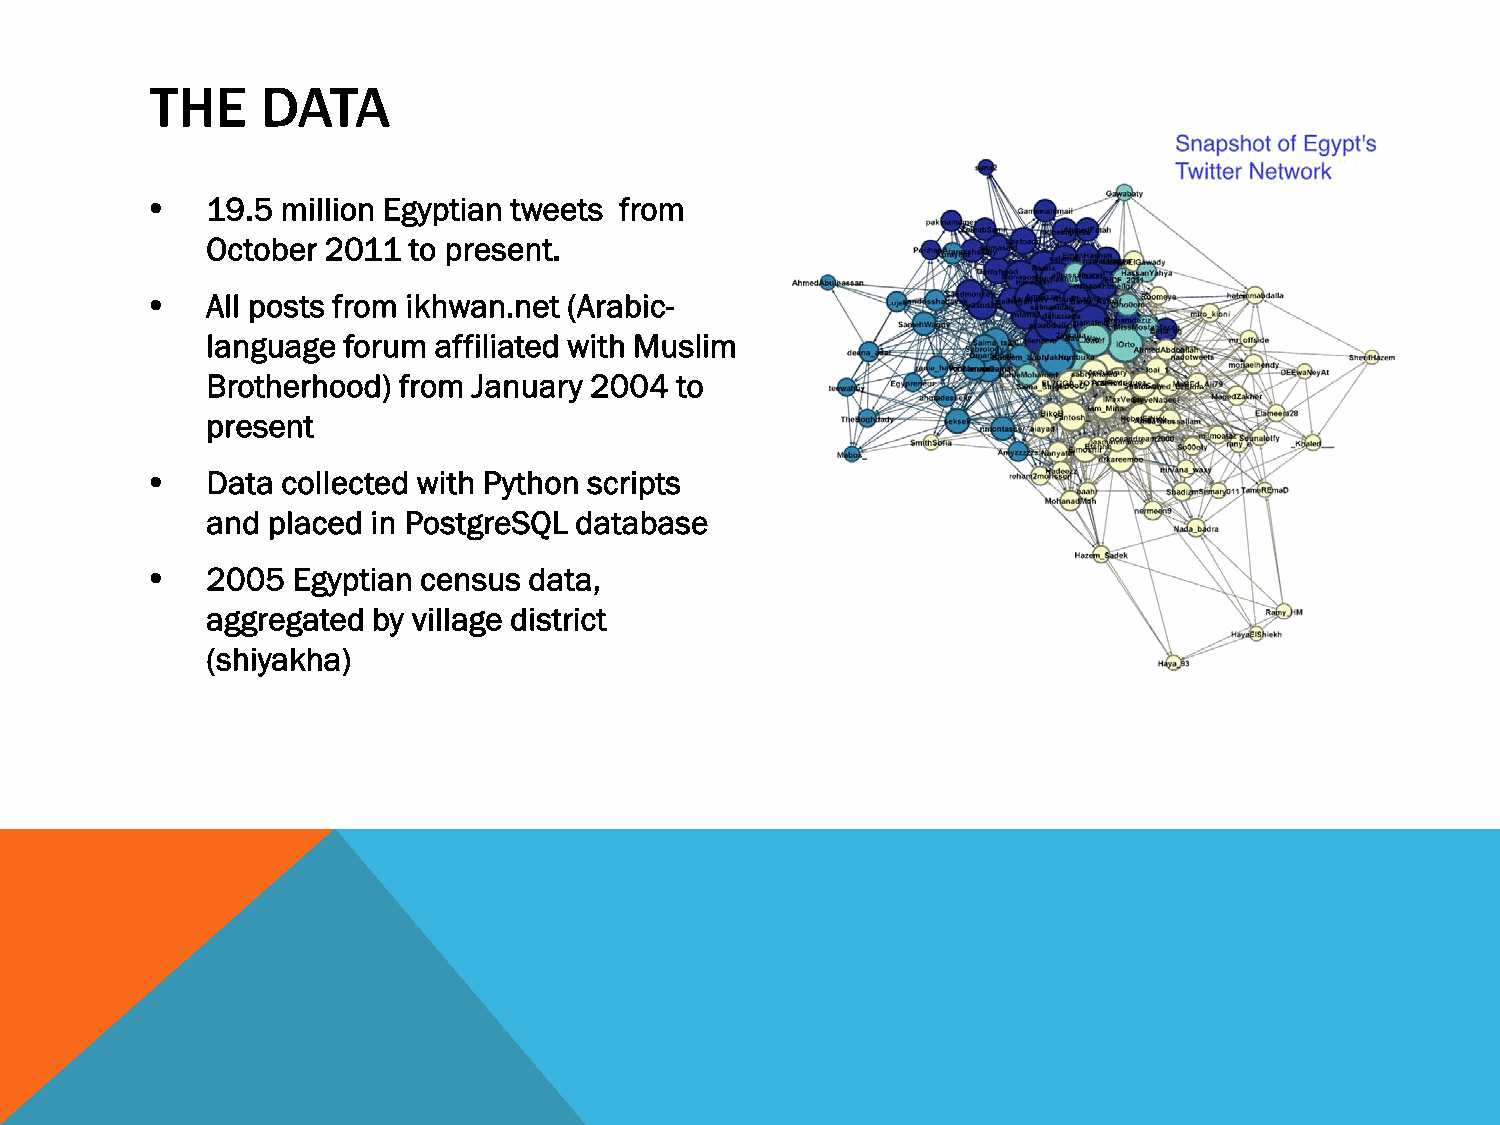
THE    DATA
 •   19.5 million Egyptian tweets from
 October 2011 to present.
 •   All posts from ikhwan.net (Arabic-
 language forum affiliated with Muslim
 Brotherhood) from January 2004 to
 present
 •   Data collected with Python scripts
 and placed in PostgreSQL database
 •   2005 Egyptian census data,
 aggregated by village district
 (shiyakha)